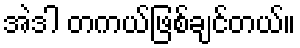
အဲဒါ တကယ်ဖြစ်ချင်တယ်။